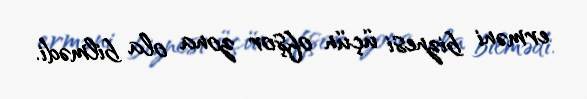
erməni biznesi üçün ofşor zona ola bilmədi.